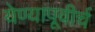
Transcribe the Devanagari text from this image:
येण्यापूवीर्च